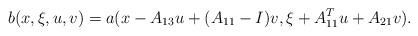
LaTeX: \begin{align*}b(x,\xi,u,v)=a(x-A_{13}u+(A_{11}-I)v,\xi+A_{11}^Tu+A_{21}v).\end{align*}